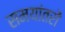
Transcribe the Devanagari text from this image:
समयांतरों